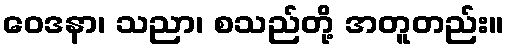
ဝေဒနာ၊ သညာ၊ စသည်တို့ အတူတည်း။